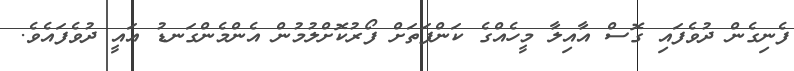
ފެނިގެން ދުވެފައި ގޮސް އާއިލާ މީހެއްގެ ކަންފަތަށް ފޯރުކޮށްލުމުން އެންމެންގަނޑު އައީ ދުވެފައެވެ.